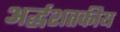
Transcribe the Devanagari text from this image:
अर्द्धशतकीय